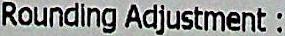
ROUNDING ADJUSTMENT :